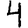
Digit: 4